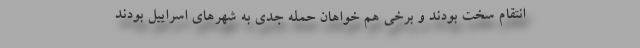
انتقام سخت بودند و برخی هم خواهان حمله جدی به شهرهای اسراییل بودند